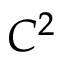
C ^ { 2 }